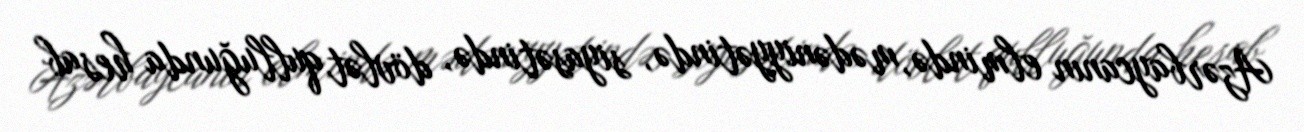
Azərbaycanın elmində, mədəniyyətində, siyasətində, dövlət qulluğunda hesab